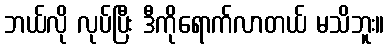
ဘယ်လို လုပ်ပြီး ဒီကိုရောက်လာတယ် မသိဘူး။